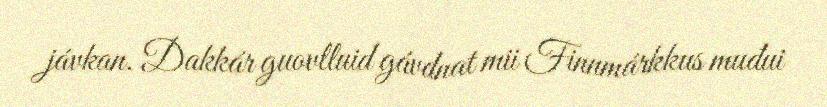
jávkan. Dakkár guovlluid gávdnat mii Finnmárkkus muđui